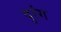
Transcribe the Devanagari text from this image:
दुरंग